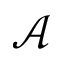
\mathcal { A }